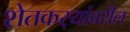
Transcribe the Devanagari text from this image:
शेतकर्‍यांवरील